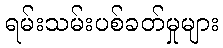
ရမ်းသမ်းပစ်ခတ်မှုများ